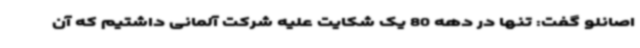
اصانلو گفت: تنها در دهه 80 یک شکایت علیه شرکت آلمانی داشتیم که آن